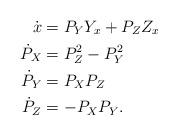
LaTeX: \begin{align*} \dot{x} & = P_Y Y_x + P_Z Z_x \\ \dot{P}_X & = P_Z^2 - P_Y^2 \\ \dot{P}_Y & = P_X P_Z \\ \dot{P}_Z & = -P_X P_Y.\end{align*}